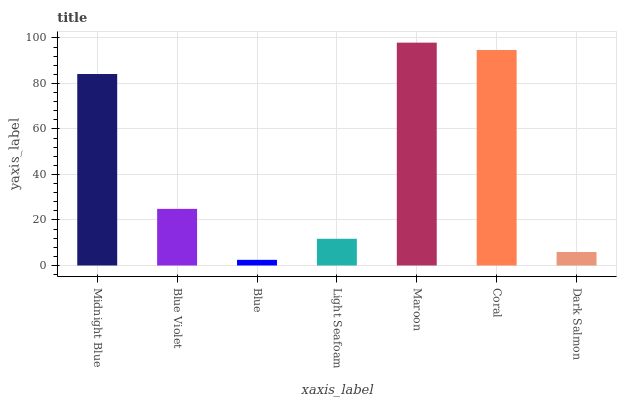
| xaxis_label | bars |
 | --- | --- |
 | Midnight Blue | 84.2 |
 | Blue Violet | 24.9 |
 | Blue | 2.48 |
 | Light Seafoam | 11.7 |
 | Maroon | 97.9 |
 | Coral | 94.7 |
 | Dark Salmon | 5.93 |